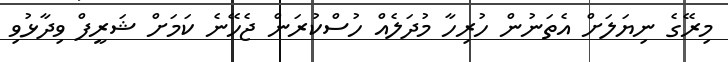
މިރޭގެ ނިޔަލަށް އެތަނުން ހުރިހާ މުދަލެއް ހުސްކުރަން ޖެހޭނެ ކަމަށް ޝަރީފް ވިދާޅުވި